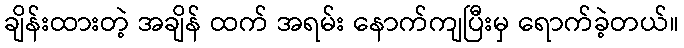
ချိန်းထားတဲ့ အချိန် ထက် အရမ်း နောက်ကျပြီးမှ ရောက်ခဲ့တယ်။